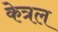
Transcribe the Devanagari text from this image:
केत्रल